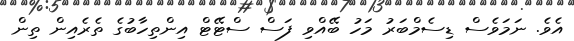
އެވެ. ނަމަވެސް ޑިސެމްބަރު މަހު ބޭއްވި ފަސް ސްޓޭޓް އިންތިހާބުގެ ތެރެއިން ތިން